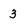
Character: 3